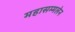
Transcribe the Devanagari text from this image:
महासम्मलेन